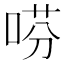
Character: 𫪝